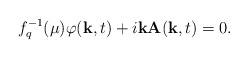
LaTeX: \begin{align*}f_{q}^{-1}(\mu )\varphi (\hbox {\bf k},t)+i\hbox {\bf kA}(\hbox {\bf k},t)=0.\end{align*}